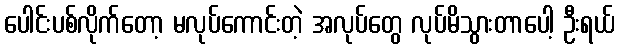
ပေါင်းပစ်လိုက်တော့ မလုပ်ကောင်းတဲ့ အလုပ်တွေ လုပ်မိသွားတာပေါ့ ဦးရယ်